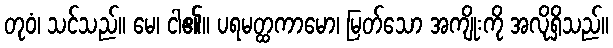
တုဝံ၊ သင်သည်။ မေ၊ ငါ၏။ ပရမတ္ထကာမော၊ မြတ်သော အကျိုးကို အလိုရှိသည်။